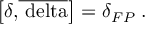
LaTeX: \left[ \delta \mathrm { { , } \overline { { { \ d e l t a } } } } \right] = \delta _ { F P } \; .